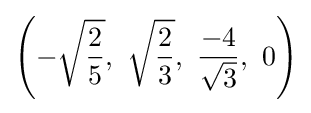
\left(-{\sqrt {2 \over 5}},\ {\sqrt {2 \over 3}},\ {\frac {-4}{\sqrt {3}}},\ 0\right)